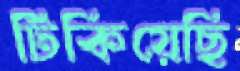
টিকিয়েছি